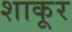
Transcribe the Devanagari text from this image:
शाकूर